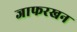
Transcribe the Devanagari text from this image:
जाफरखन